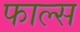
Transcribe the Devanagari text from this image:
फाल्‍स